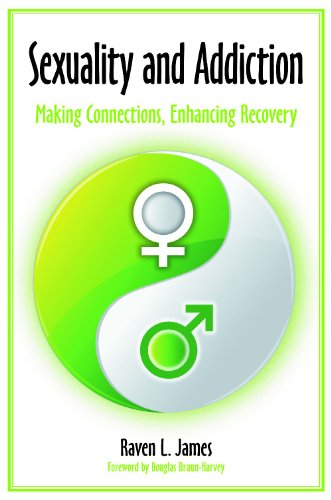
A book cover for Sexuality and Addiction: Making Connections, Enhancing Recovery; Raven Lynn James; Health, Fitness & Dieting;